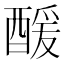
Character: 𮠹